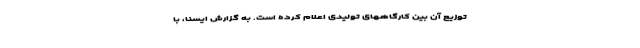
توزیع آن بین کارگاههای تولیدی اعلام کرده است. به گزارش ایسنا، با